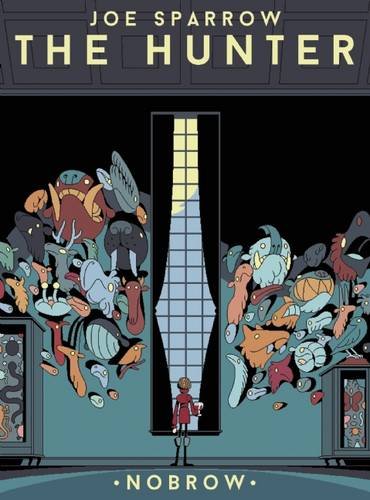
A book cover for The Hunter (Nobrow Ltd. 17x23); Science & Math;